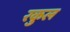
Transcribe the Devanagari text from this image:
रकुल